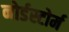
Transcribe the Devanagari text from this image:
नोर्डस्टोर्म